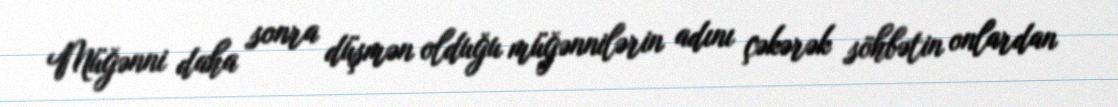
Müğənni daha sonra düşmən olduğu müğənnilərin adını çəkərək söhbətin onlardan